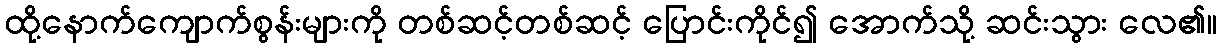
ထို့နောက်ကျောက်စွန်းများကို တစ်ဆင့်တစ်ဆင့် ပြောင်းကိုင်၍ အောက်သို့ ဆင်းသွား လေ၏။